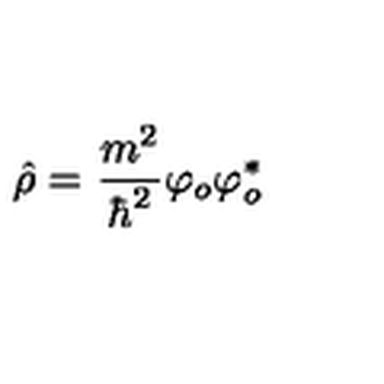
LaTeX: \hat { \rho } = \frac { m ^ { 2 } } { \hbar ^ { 2 } } \varphi _ { o } \varphi _ { o } ^ { * }